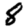
Digit: 8